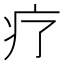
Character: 疗